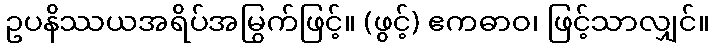
ဥပနိဿယအရိပ်အမြွက်ဖြင့်။ (ဖွင့်) ဧကဓာဝ၊ ဖြင့်သာလျှင်။